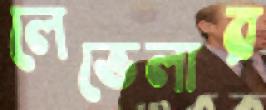
লেভেলার